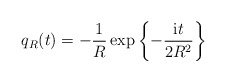
\begin{align*}q_{R}(t)=-\frac{1}{R}\exp\left\{ -\frac{{\rm i}t}{2R^{2}} \right\}\end{align*}